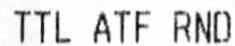
TTL ATF RND